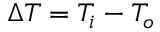
\Delta T = T _ { i } - T _ { o }